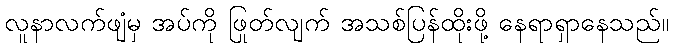
လူနာလက်ဖျံမှ အပ်ကို ဖြုတ်လျက် အသစ်ပြန်ထိုးဖို့ နေရာရှာနေသည်။